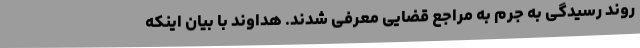
روند رسیدگی به جرم به مراجع قضایی معرفی شدند. هداوند با بیان اینکه